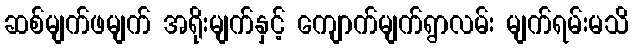
ဆစ်မျက်ဖမျက် အရိုးမျက်နှင့် ကျောက်မျက်ရွာလမ်း မျက်ရမ်းမသိ